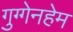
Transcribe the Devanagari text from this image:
गुग्गेनहेम